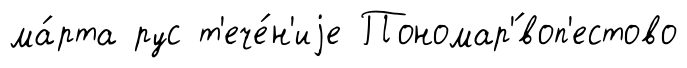
ма́рта рус т'ече́н'иjе Пономар'́воп'естово